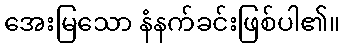
အေးမြသော နံနက်ခင်းဖြစ်ပါ၏။